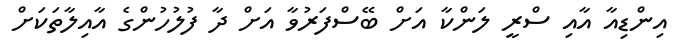
އިންޑިއާ އާއި ސްރީ ލަންކާ އަށް ބޭސްފަރުވާ އަށް ދާ ފުލުހުންގެ އާއިލާތަކަށް